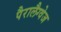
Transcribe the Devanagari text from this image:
पैरालैग्वेज